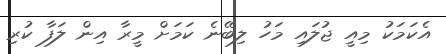
އެކަމަކު މިއީ ޖުލައި މަހު ލިބޭނެ ކަމަށް މީރާ އިން ލަފާ ކުރި